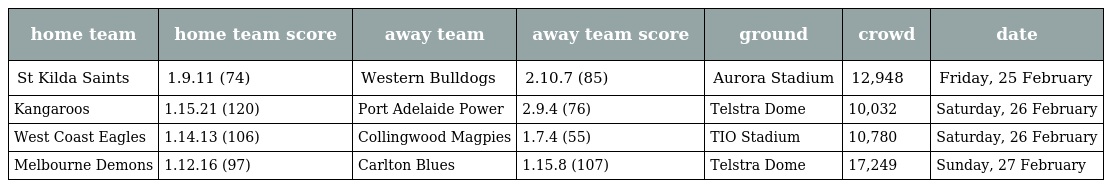
| home team | home team score | away team | away team score | ground | crowd | date |
 | --- | --- | --- | --- | --- | --- | --- |
 | St Kilda Saints | 1.9.11 (74) | Western Bulldogs | 2.10.7 (85) | Aurora Stadium | 12,948 | Friday, 25 February |
 | Kangaroos | 1.15.21 (120) | Port Adelaide Power | 2.9.4 (76) | Telstra Dome | 10,032 | Saturday, 26 February |
 | West Coast Eagles | 1.14.13 (106) | Collingwood Magpies | 1.7.4 (55) | TIO Stadium | 10,780 | Saturday, 26 February |
 | Melbourne Demons | 1.12.16 (97) | Carlton Blues | 1.15.8 (107) | Telstra Dome | 17,249 | Sunday, 27 February |